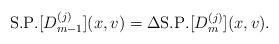
LaTeX: \begin{align*}\mathrm{S. P.}[D_{m-1}^{(j)}](x,v)=\Delta\mathrm{S. P.}[D_{m}^{(j)}](x,v).\end{align*}